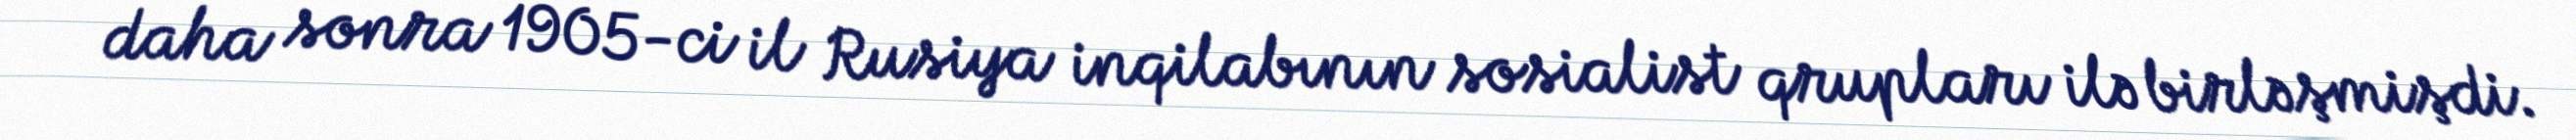
daha sonra 1905-ci il Rusiya inqilabının sosialist qrupları ilə birləşmişdi.